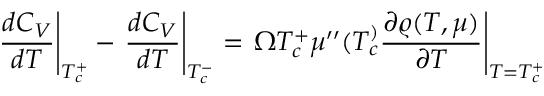
\left. \frac { d C _ { V } } { d T } \right| _ { T _ { c } ^ { + } } - \left. \frac { d C _ { V } } { d T } \right| _ { T _ { c } ^ { - } } = \left. \Omega T _ { c } ^ { + } \mu ^ { \prime \prime } ( T _ { c } ^ { ) } \frac { \partial \varrho ( T , \mu ) } { \partial T } \right| _ { T = T _ { c } ^ { + } }